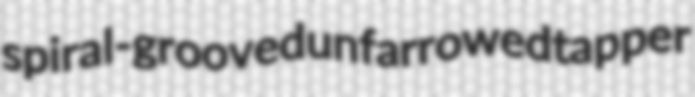
spiral-grooved unfarrowed tapper